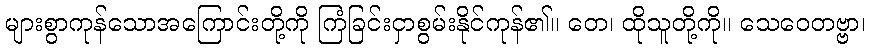
များစွာကုန်သောအကြောင်းတို့ကို ကြံခြင်းငှာစွမ်းနိုင်ကုန်၏။ တေ၊ ထိုသူတို့ကို။ သေဝေတဗ္ဗာ၊